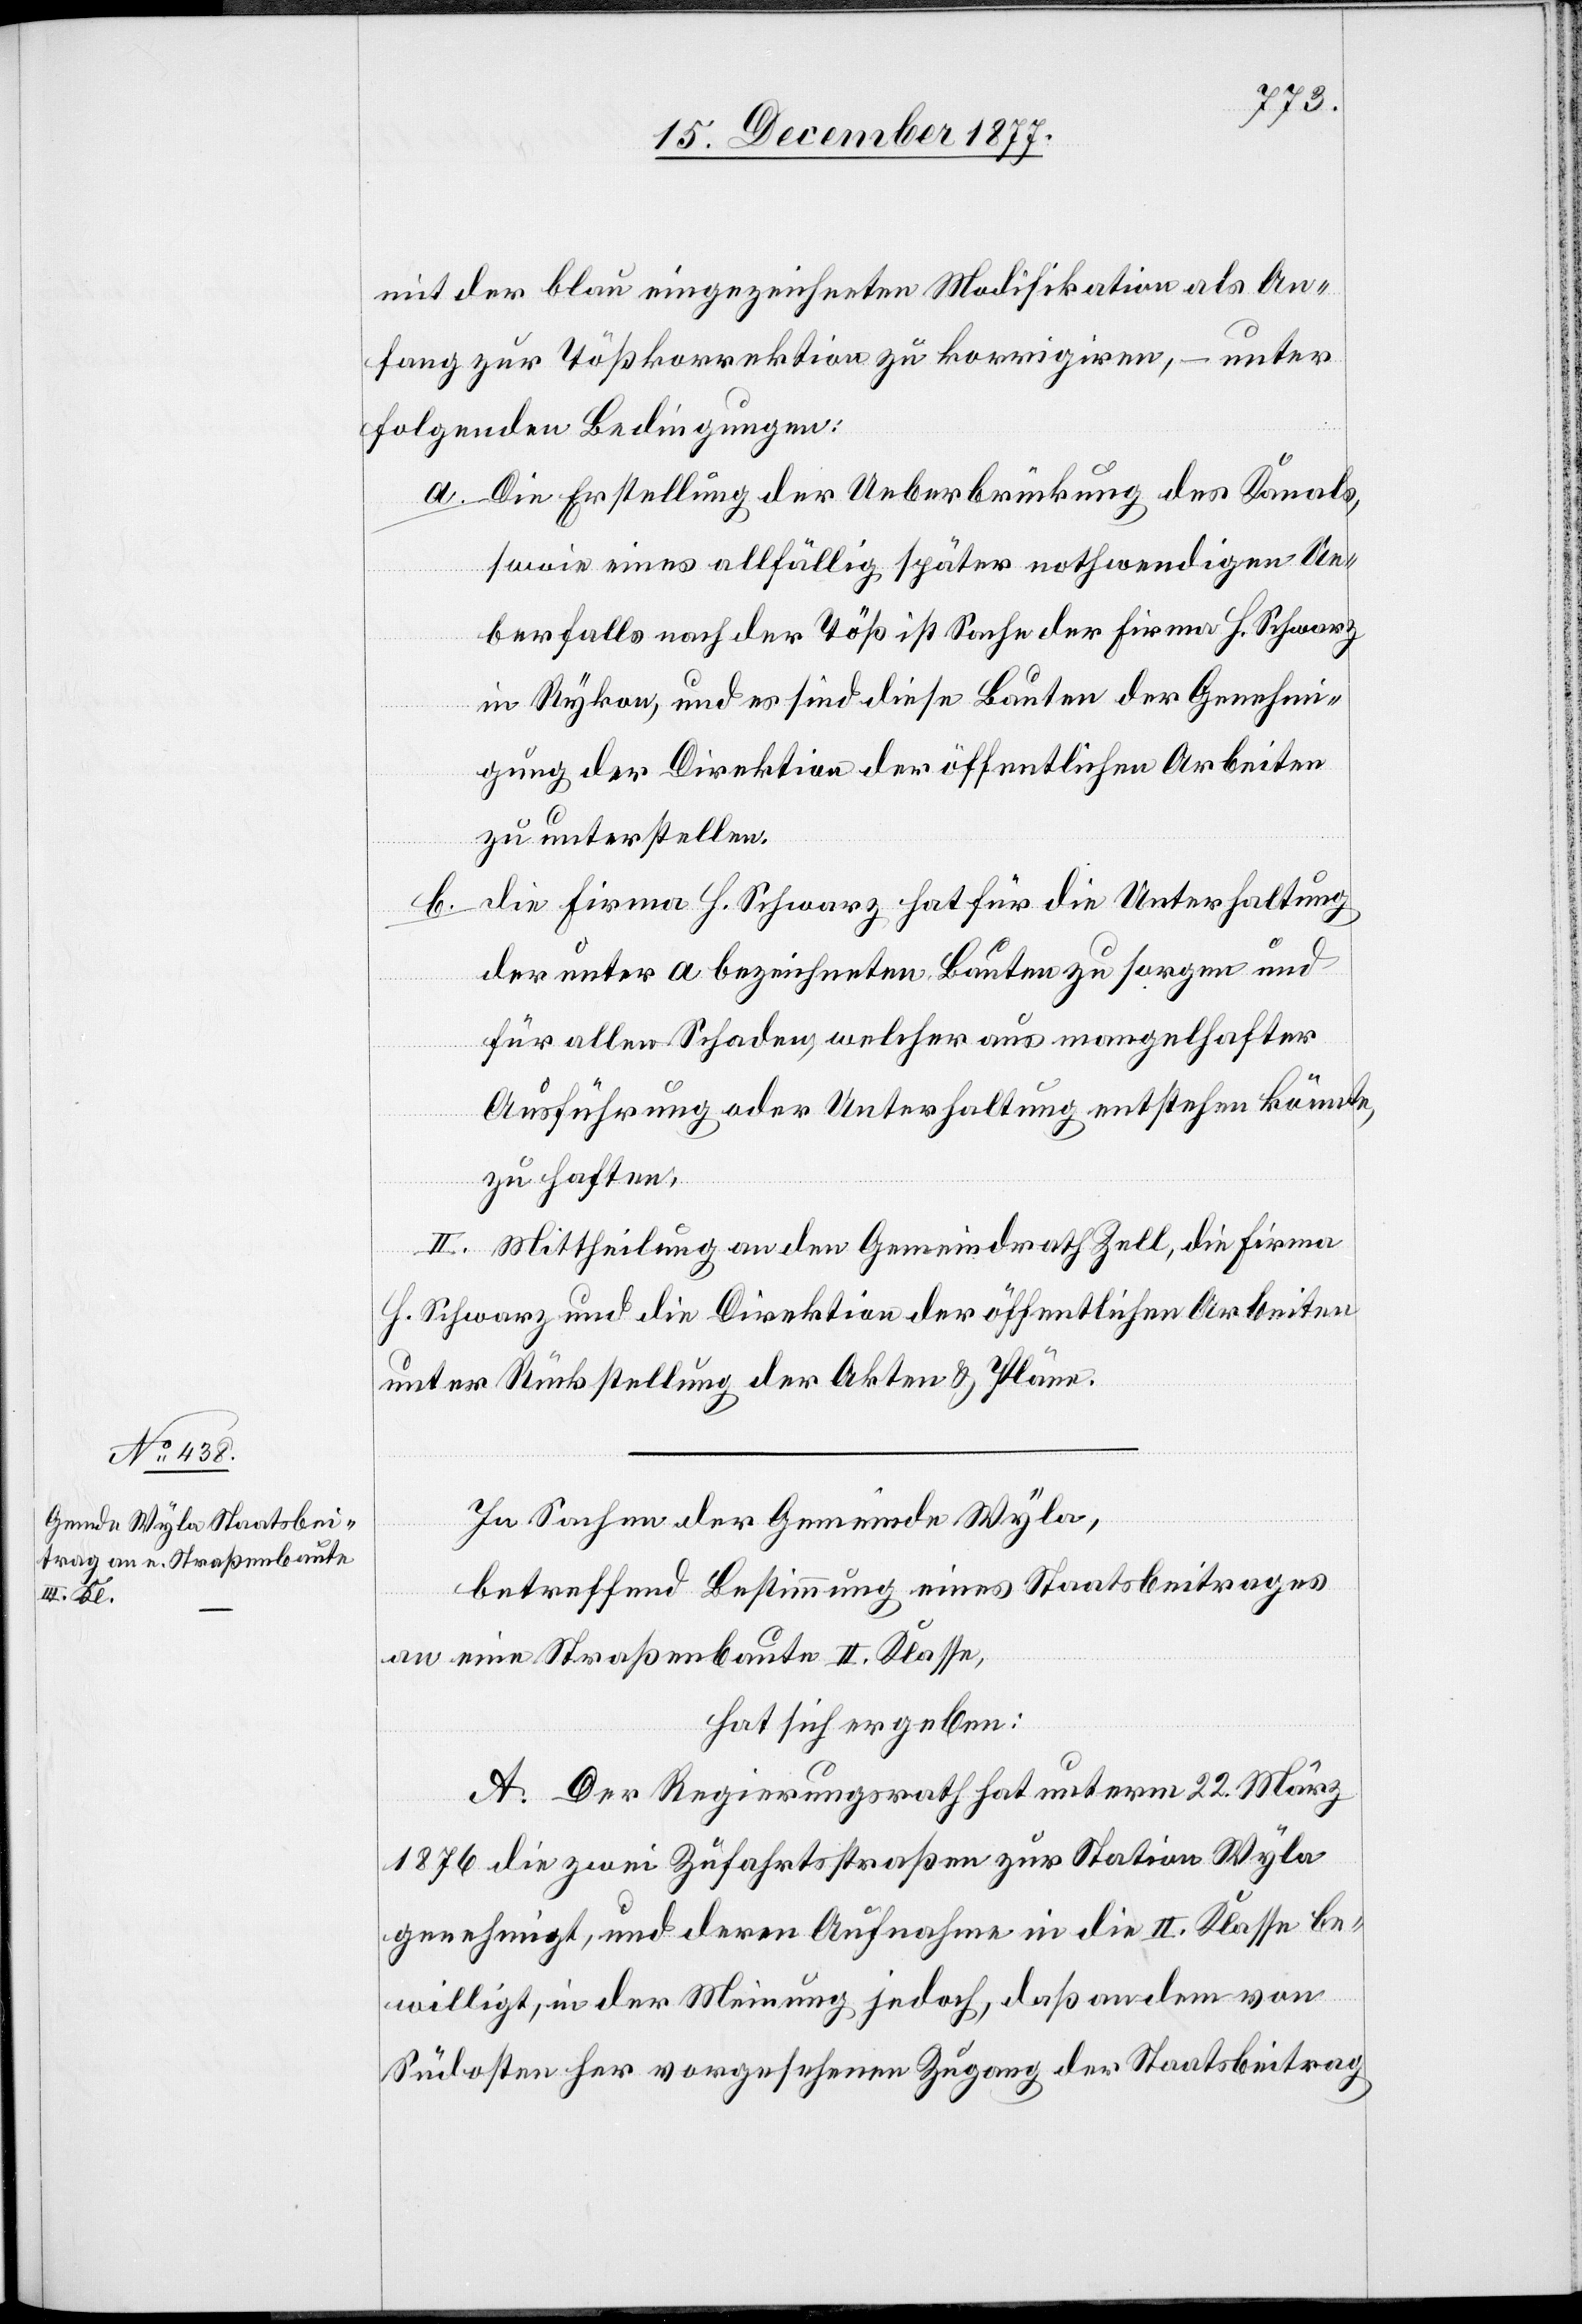
mit der blau eingezeichneten Modifikation als An¬
fang zur Tößkorrektion zu korrigiren, – unter
folgenden Bedingungen:
Die Erstellung der Ueberbrückung des Kanals,
sowie eines allfällig später nothwendigen Ue¬
berfalls nach der Töß ist Sache der Firma H. Schwarz
in Rykon, und es sind diese Bauten der Genehmi¬
gung der Direktion der öffentlichen Arbeiten
zu unterstellen.
die Firma H. Schwarz hat für die Unterhaltung
der unter a bezeichneten Bauten zu sorgen und
für allen Schaden, welcher aus mangelhafter
Ausführung oder Unterhaltung entstehen könnte,
zu haften.
II. Mittheilung an den Gemeindrath Zell, die Firma
H. Schwarz und die Direktion der öffentlichen Arbeiten
unter Rückstellung der Akten & Pläne.
In Sachen der Gemeinde Wyla,
betreffend Bestimmung eines Staatsbeitrages
an eine Straßenbaute II. [sic!] Klasse,
hat sich ergeben:
A. Der Regierungsrath hat unterm 22. März
1876 die zwei Zufahrtsstraßen zur Station Wyla
genehmigt, und deren Aufnahme in die II. Klasse be¬
willigt, in der Meinung jedoch, daß an dem von
Südosten her vorgesehenen Zugang der Staatsbeitrag